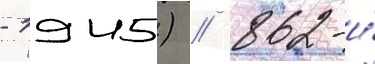
- 1945) // 862-и́